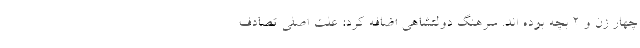
چهار زن و ۲ بچه بوده اند. سرهنگ دولتشاهی اضافه کرد: علت اصلی تصادف